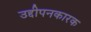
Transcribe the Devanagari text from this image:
उद्दीपनकारक